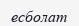
есболат